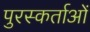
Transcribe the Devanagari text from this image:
पुरस्कर्ताओं